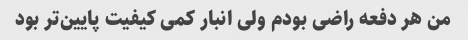
من هر دفعه راضی بودم ولی انبار کمی کیفیت پایین‌تر بود